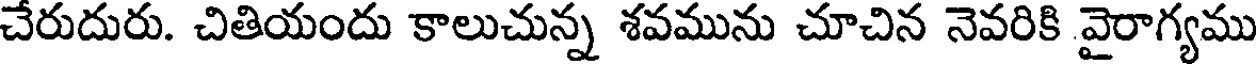
చేరుదురు. చితియందు కాలుచున్న శవమును చూచిన నెవరికి వైరాగ్యము